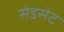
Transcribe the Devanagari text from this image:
सेडसेट